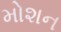
મોશન